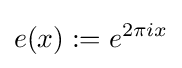
e(x):=e^{2\pi ix}